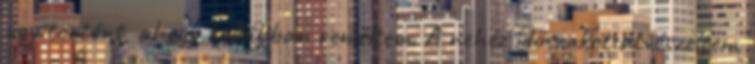
úgy történt, ahogy korábban reméltem. A nehéz időszakot átvészeltem,